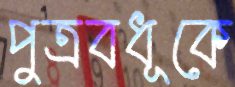
পুত্রবধূকে